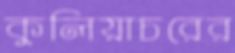
কুলিয়াচরের